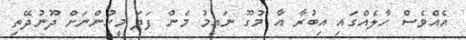
އެއްވެސް ހާލެއްގައި އިބުރާ އާ މުގޫ ނައީމު މެން ފަދަ މީހުންނަށް ދޫނުދޭތި